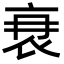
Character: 𮕫